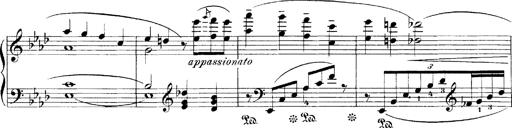
Title: LiebestrÃ¤ume
Composer: Franz Behr
Key: E-flat major